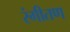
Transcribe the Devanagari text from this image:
रंगीतण